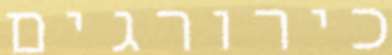
כירורגים